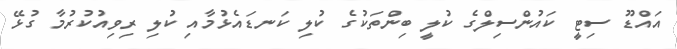
އައްޑޫ ސިޓީ ކައުންސިލްގެ ކުލީ ބިންތަކުގެ ކުލި ކަނޑައެޅުމާއި ކުލި ރިވިއުކުރުމާ ގުޅޭ